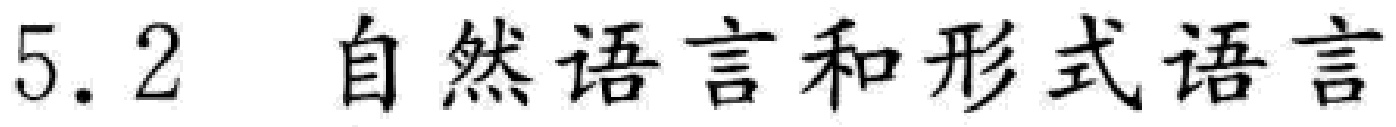
5.2 自然语言和形式语言